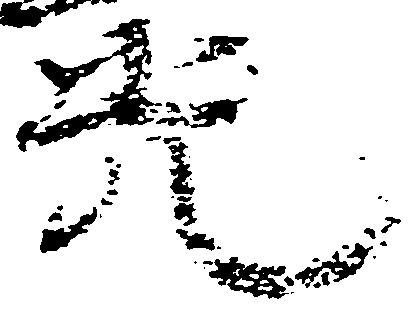
光